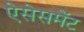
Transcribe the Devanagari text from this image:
ऐसेसमेंट